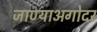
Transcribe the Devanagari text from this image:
जाण्याअगोदर